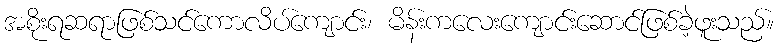
အစိုးရဆရာဖြစ်သင်ကောလိပ်ကျောင်း၊ မိန်းကလေးကျောင်းဆောင်ဖြစ်ခဲ့ဖူးသည်။